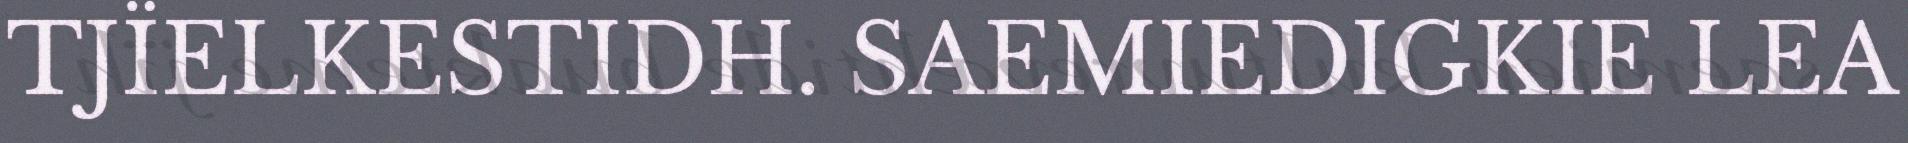
TJÏELKESTIDH. SAEMIEDIGKIE LEA